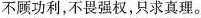
不顾功利，不畏强权，只求真理。